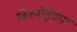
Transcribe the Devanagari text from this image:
बिश्‍नोईंच्या